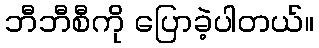
ဘီဘီစီကို ပြောခဲ့ပါတယ်။